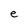
Character: e